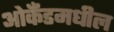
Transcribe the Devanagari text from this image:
ओकॅंडमधील